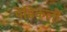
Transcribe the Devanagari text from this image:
पेडिकलों